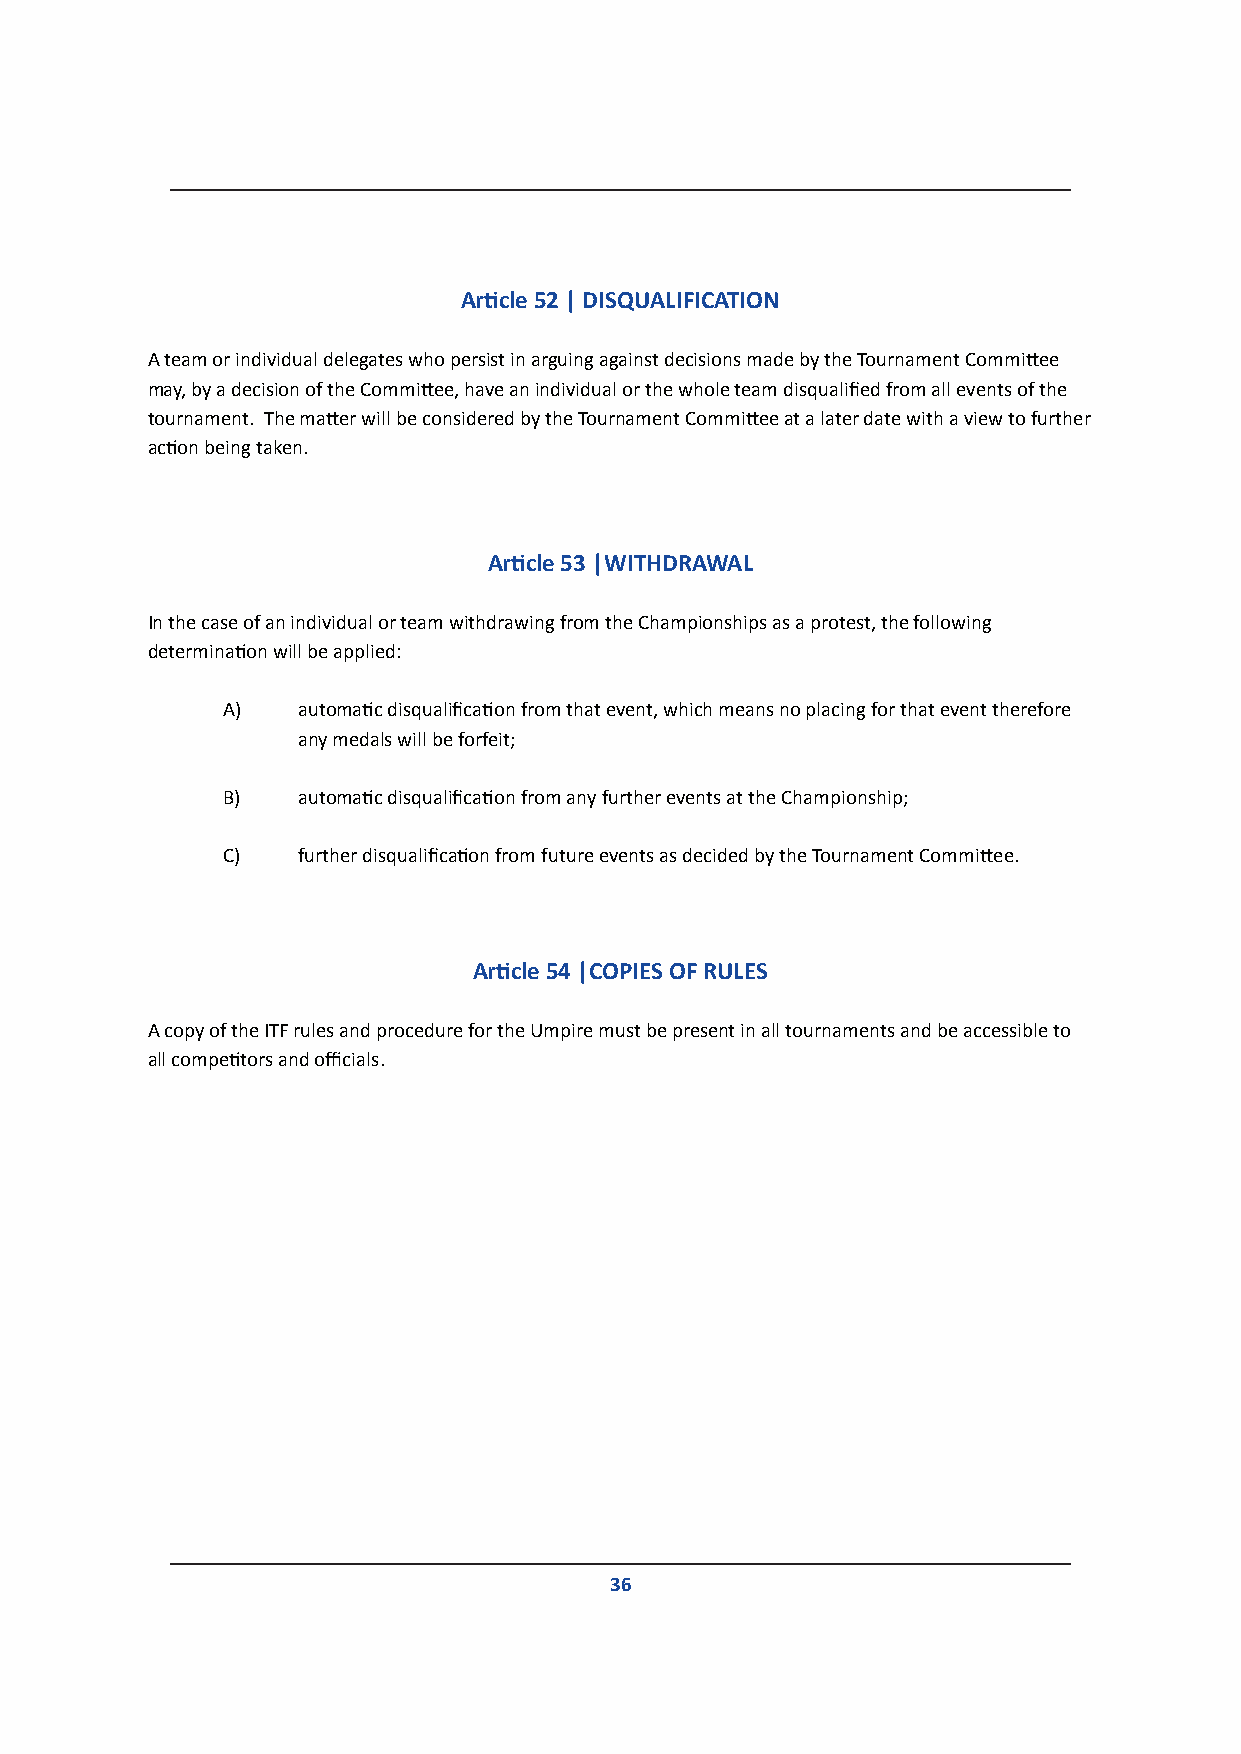
Article 52 | DISQUALIFICATION
 A team or individual delegates who persist in arguing against decisions made by the Tournament Committee
 may, by a decision of the Committee, have an individual or the whole team disqualified from all events of the
 tournament. The matter will be considered by the Tournament Committee at a later date with a view to further
 action being taken.
 Article 53 |WITHDRAWAL
 In the case of an individual or team withdrawing from the Championships as a protest, the following
 determination will be applied:
 A)   automatic disqualification from that event, which means no placing for that event therefore
 any medals will be forfeit;
 B)   automatic disqualification from any further events at the Championship;
 C)   further disqualification from future events as decided by the Tournament Committee.
 Article 54 |COPIES OF RULES
 A copy of the ITF rules and procedure for the Umpire must be present in all tournaments and be accessible to
 all competitors and officials.
 36